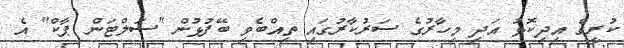
ކުރީގެ އިދިކޮޅު އަދި މިހާރުގެ ސަރުކާރުގައި ތިއްބެވި ބޭފުޅުން "ސަލްޓަން ޕާކް" އެ